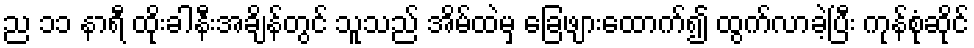
ည ၁၁ နာရီ ထိုးခါနီးအချိန်တွင် သူသည် အိမ်ထဲမှ ခြေဖျားထောက်၍ ထွက်လာခဲ့ပြီး ကုန်စုံဆိုင်